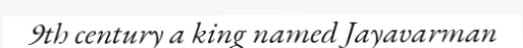
9th century a king named Jayavarman